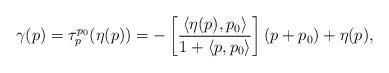
LaTeX: \begin{align*}\gamma(p) = \tau_p^{p_0}(\eta(p)) = - \left[ \frac{\langle \eta(p), p_0 \rangle}{1 + \langle p, p_0 \rangle} \right] (p + p_0) + \eta(p), \end{align*}